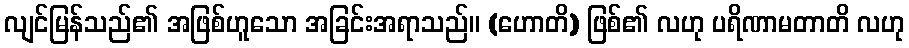
လျင်မြန်သည်၏ အဖြစ်ဟူသော အခြင်းအရာသည်။ (ဟောတိ) ဖြစ်၏ လဟု ပရိဏာမတာတိ လဟု